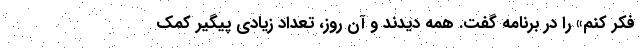
فکر کنم» را در برنامه گفت. همه دیدند و آن روز، تعداد زیادی پیگیر کمک